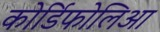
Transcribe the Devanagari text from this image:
कोर्डिफोलिआ